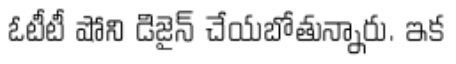
ఓటీటీ షోని డిజైన్ చేయబోతున్నారు. ఇక